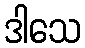
ဒါသေ